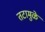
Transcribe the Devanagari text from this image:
तटामुळे